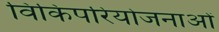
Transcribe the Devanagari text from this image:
विकिपरियोजनाओं